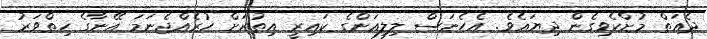
ދެއަތް މުށްކެވިގެން ދިޔައެވެ. އެހެނަސް ލިލިއަންގެ ކައިރީ އިތުރަށް ހުރެއްޖެނަމަ އޭނާގެ ހިތްވަރު